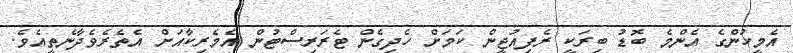
އެމީހުންގެ އެންމެ ބޮޑު ބިރަކީ ރެފިއުޖީން ކަމަށް ހެދިގެން ޓެރަރިސްޓުން އެމެރިކާއަށް އެތެރެވެދާނެތީއެވެ.